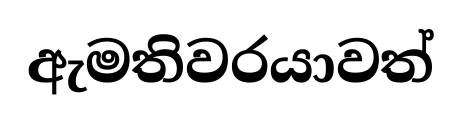
ඇමතිවරයාවත්